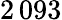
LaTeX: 2\, 093